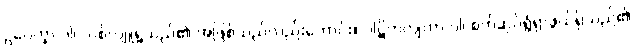
ဥပေက္ခာ ဝါ၊ လစ်လျူရှုသည်၏ အဖြစ်သည်လည်းကောင်း။ ပါဋိကုလျတာ ဝါ၊ စက်ဆုပ်ရွံရှာဖွယ်ရှိသည်၏